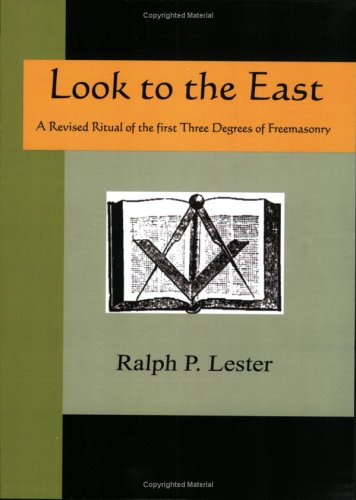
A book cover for LOOK TO THE EAST - A Revised Ritual of the First Three Degrees of Freemasonry; Ralph  P Lester; Religion & Spirituality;